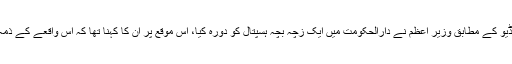
وزیراعظم کے دفتر سے جاری ہونے والی ایک ویڈیو کے مطابق وزیر اعظم نے دارالحکومت میں ایک زچہ بچہ ہسپتال کو دورہ کیا، اس موقع پر ان کا کہنا تھا کہ اس واقعے کے ذمہ داروں کے خلاف قانونی کارروائی کی جائے گی۔